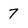
Character: 7